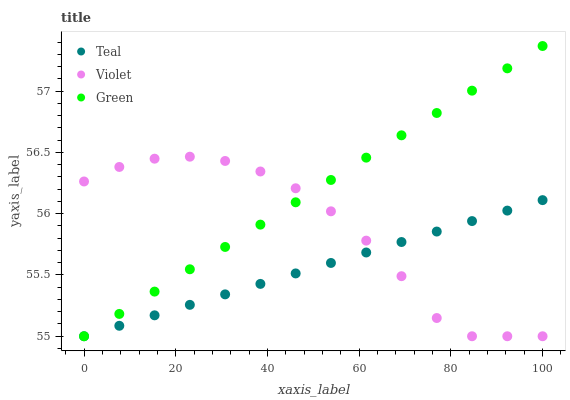
| xaxis_label | Teal | Violet | Green |
 | --- | --- | --- | --- |
 | 0 | 55 | 56.3 | 55 |
 | 7.69 | 55.1 | 56.4 | 55.2 |
 | 15.4 | 55.2 | 56.4 | 55.4 |
 | 23.1 | 55.3 | 56.5 | 55.5 |
 | 30.8 | 55.3 | 56.4 | 55.7 |
 | 38.5 | 55.4 | 56.3 | 55.9 |
 | 46.2 | 55.5 | 56.2 | 56.1 |
 | 53.8 | 55.6 | 56 | 56.3 |
 | 61.5 | 55.7 | 55.8 | 56.5 |
 | 69.2 | 55.8 | 55.5 | 56.6 |
 | 76.9 | 55.9 | 55.1 | 56.8 |
 | 84.6 | 55.9 | 55 | 57 |
 | 92.3 | 56 | 55 | 57.2 |
 | 100 | 56.1 | 55 | 57.4 |